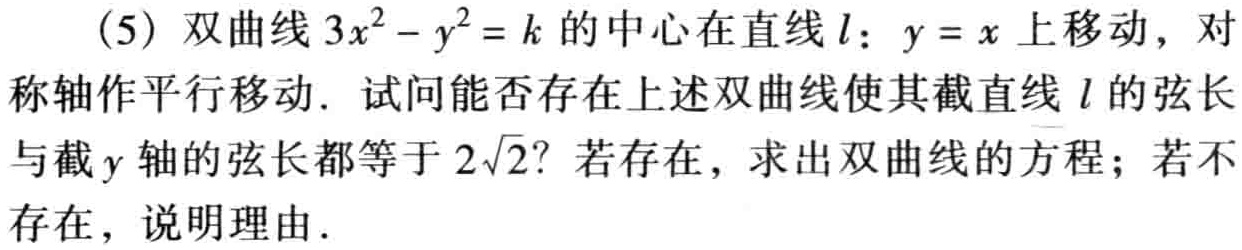
(5) 双曲线\(3x^{2}-y^{2}=k\)的中心在直线\(l:y = x\)上移动，对称轴作平行移动. 试问能否存在上述双曲线使其截直线\(l\)的弦长与截\(y\)轴的弦长都等于\(2\sqrt{2}\)？若存在，求出双曲线的方程；若不存在，说明理由.